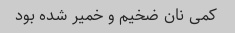
کمی نان ضخیم و خمیر شده بود